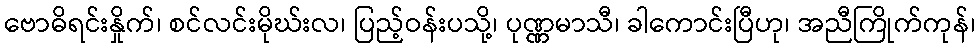
ဗောဓိရင်းနှိုက်၊ စင်လင်းမိုဃ်းလ၊ ပြည့်ဝန်းပသို့၊ ပုဏ္ဏမာသီ၊ ခါကောင်းပြီဟု၊ အညီကြိုက်ကုန်၊